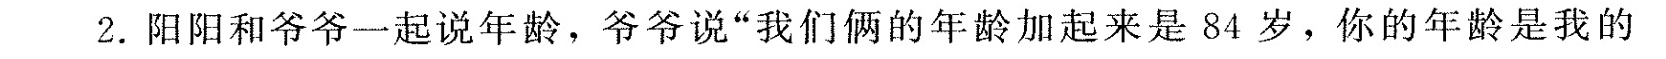
2.阳阳和爷爷一起说年龄，爷爷说"我们俩的年龄加起来是84岁，你的年龄是我的